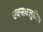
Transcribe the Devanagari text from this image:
एक्सक्लुजिव